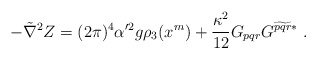
\begin{align*}-\tilde\nabla^2 Z = (2\pi)^4 \alpha'^2 g \rho_3(x^m) + \frac{\kappa^2}{12} G_{pqr} G^{\widetilde{pqr}*}\ . \end{align*}